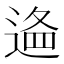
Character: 𨔔